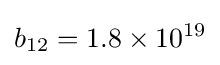
b_{12}=1.8\times 10^{19}